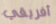
أفريقي